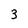
Character: 3